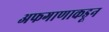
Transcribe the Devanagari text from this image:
अफगाणाकडून